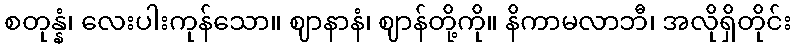
စတုန္နံ၊ လေးပါးကုန်သော။ ဈာနာနံ၊ ဈာန်တို့ကို။ နိကာမလာဘီ၊ အလိုရှိတိုင်း